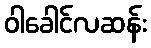
ဝါခေါင်လဆန်း